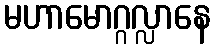
မဟာမောဂ္ဂလ္လာနေ